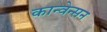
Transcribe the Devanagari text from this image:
कान्वेन्सन